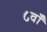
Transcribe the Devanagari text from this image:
८वाँ